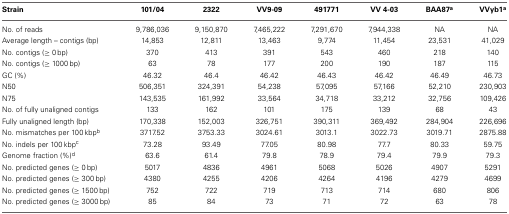
<table><thead><tr><td><b>Strain</b></td><td><b>101/04</b></td><td><b>2322</b></td><td><b>VV9-09</b></td><td><b>491771</b></td><td><b>VV 4-03</b></td><td><b>BAA87<sup>a</sup></b></td><td><b>VVyb1<sup>a</sup></b></td></tr></thead><tbody><tr><td>No. of reads</td><td>9,786,036</td><td>9,150,870</td><td>7,465,222</td><td>7,291,670</td><td>7,944,338</td><td>NA</td><td>NA</td></tr><tr><td>Average length – contigs (bp)</td><td>14,853</td><td>12,811</td><td>13,463</td><td>9,774</td><td>11,454</td><td>23,531</td><td>41,029</td></tr><tr><td>No. contigs (≥0 bp)</td><td>370</td><td>413</td><td>391</td><td>543</td><td>460</td><td>218</td><td>140</td></tr><tr><td>No. contigs (≥1000 bp)</td><td>63</td><td>78</td><td>177</td><td>200</td><td>190</td><td>187</td><td>115</td></tr><tr><td>GC (%)</td><td>46.32</td><td>46.4</td><td>46.42</td><td>46.43</td><td>46.42</td><td>46.49</td><td>46.73</td></tr><tr><td>N50</td><td>506,351</td><td>324,391</td><td>54,238</td><td>57,095</td><td>57,166</td><td>52,210</td><td>230,903</td></tr><tr><td>N75</td><td>143,535</td><td>161,992</td><td>33,564</td><td>34,718</td><td>33,212</td><td>32,756</td><td>109,426</td></tr><tr><td>No. of fully unaligned contigs</td><td>133</td><td>162</td><td>101</td><td>175</td><td>139</td><td>68</td><td>43</td></tr><tr><td>Fully unaligned length (bp)</td><td>170,338</td><td>152,003</td><td>326,751</td><td>390,311</td><td>369,492</td><td>284,904</td><td>226,696</td></tr><tr><td>No. mismatches per 100 kbp<sup>b</sup></td><td>3717.52</td><td>3753.33</td><td>3024.61</td><td>3013.1</td><td>3022.73</td><td>3019.71</td><td>2875.88</td></tr><tr><td>No. indels per 100 kbp<sup>c</sup></td><td>73.28</td><td>93.49</td><td>77.05</td><td>80.98</td><td>77.7</td><td>80.33</td><td>59.75</td></tr><tr><td>Genome fraction (%)<sup>d</sup></td><td>63.6</td><td>61.4</td><td>79.8</td><td>78.9</td><td>79.4</td><td>79.9</td><td>79.3</td></tr><tr><td>No. predicted genes (≥0 bp)</td><td>5017</td><td>4836</td><td>4961</td><td>5068</td><td>5026</td><td>4907</td><td>5291</td></tr><tr><td>No. predicted genes (≥300 bp)</td><td>4380</td><td>4255</td><td>4206</td><td>4264</td><td>4196</td><td>4279</td><td>4699</td></tr><tr><td>No. predicted genes (≥1500 bp)</td><td>752</td><td>722</td><td>719</td><td>713</td><td>714</td><td>680</td><td>806</td></tr><tr><td>No. predicted genes (≥3000 bp)</td><td>85</td><td>84</td><td>73</td><td>71</td><td>72</td><td>63</td><td>78</td></tr></tbody></table>